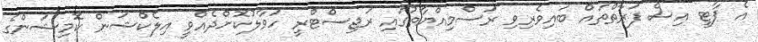
އެ ޕާޓީ އިސް ފަރާތްތައް ބައިވެރިވި ރަސްމިއްޔާތުގައި ރަޖިސްޓްރީ ހަވާލުކޮށްދެއްވީ އިލެކްޝަން ކޮމިޝަންގެ